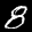
Label: 8